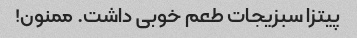
پیتزا سبزیجات طعم خوبی داشت. ممنون!